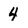
Character: 4